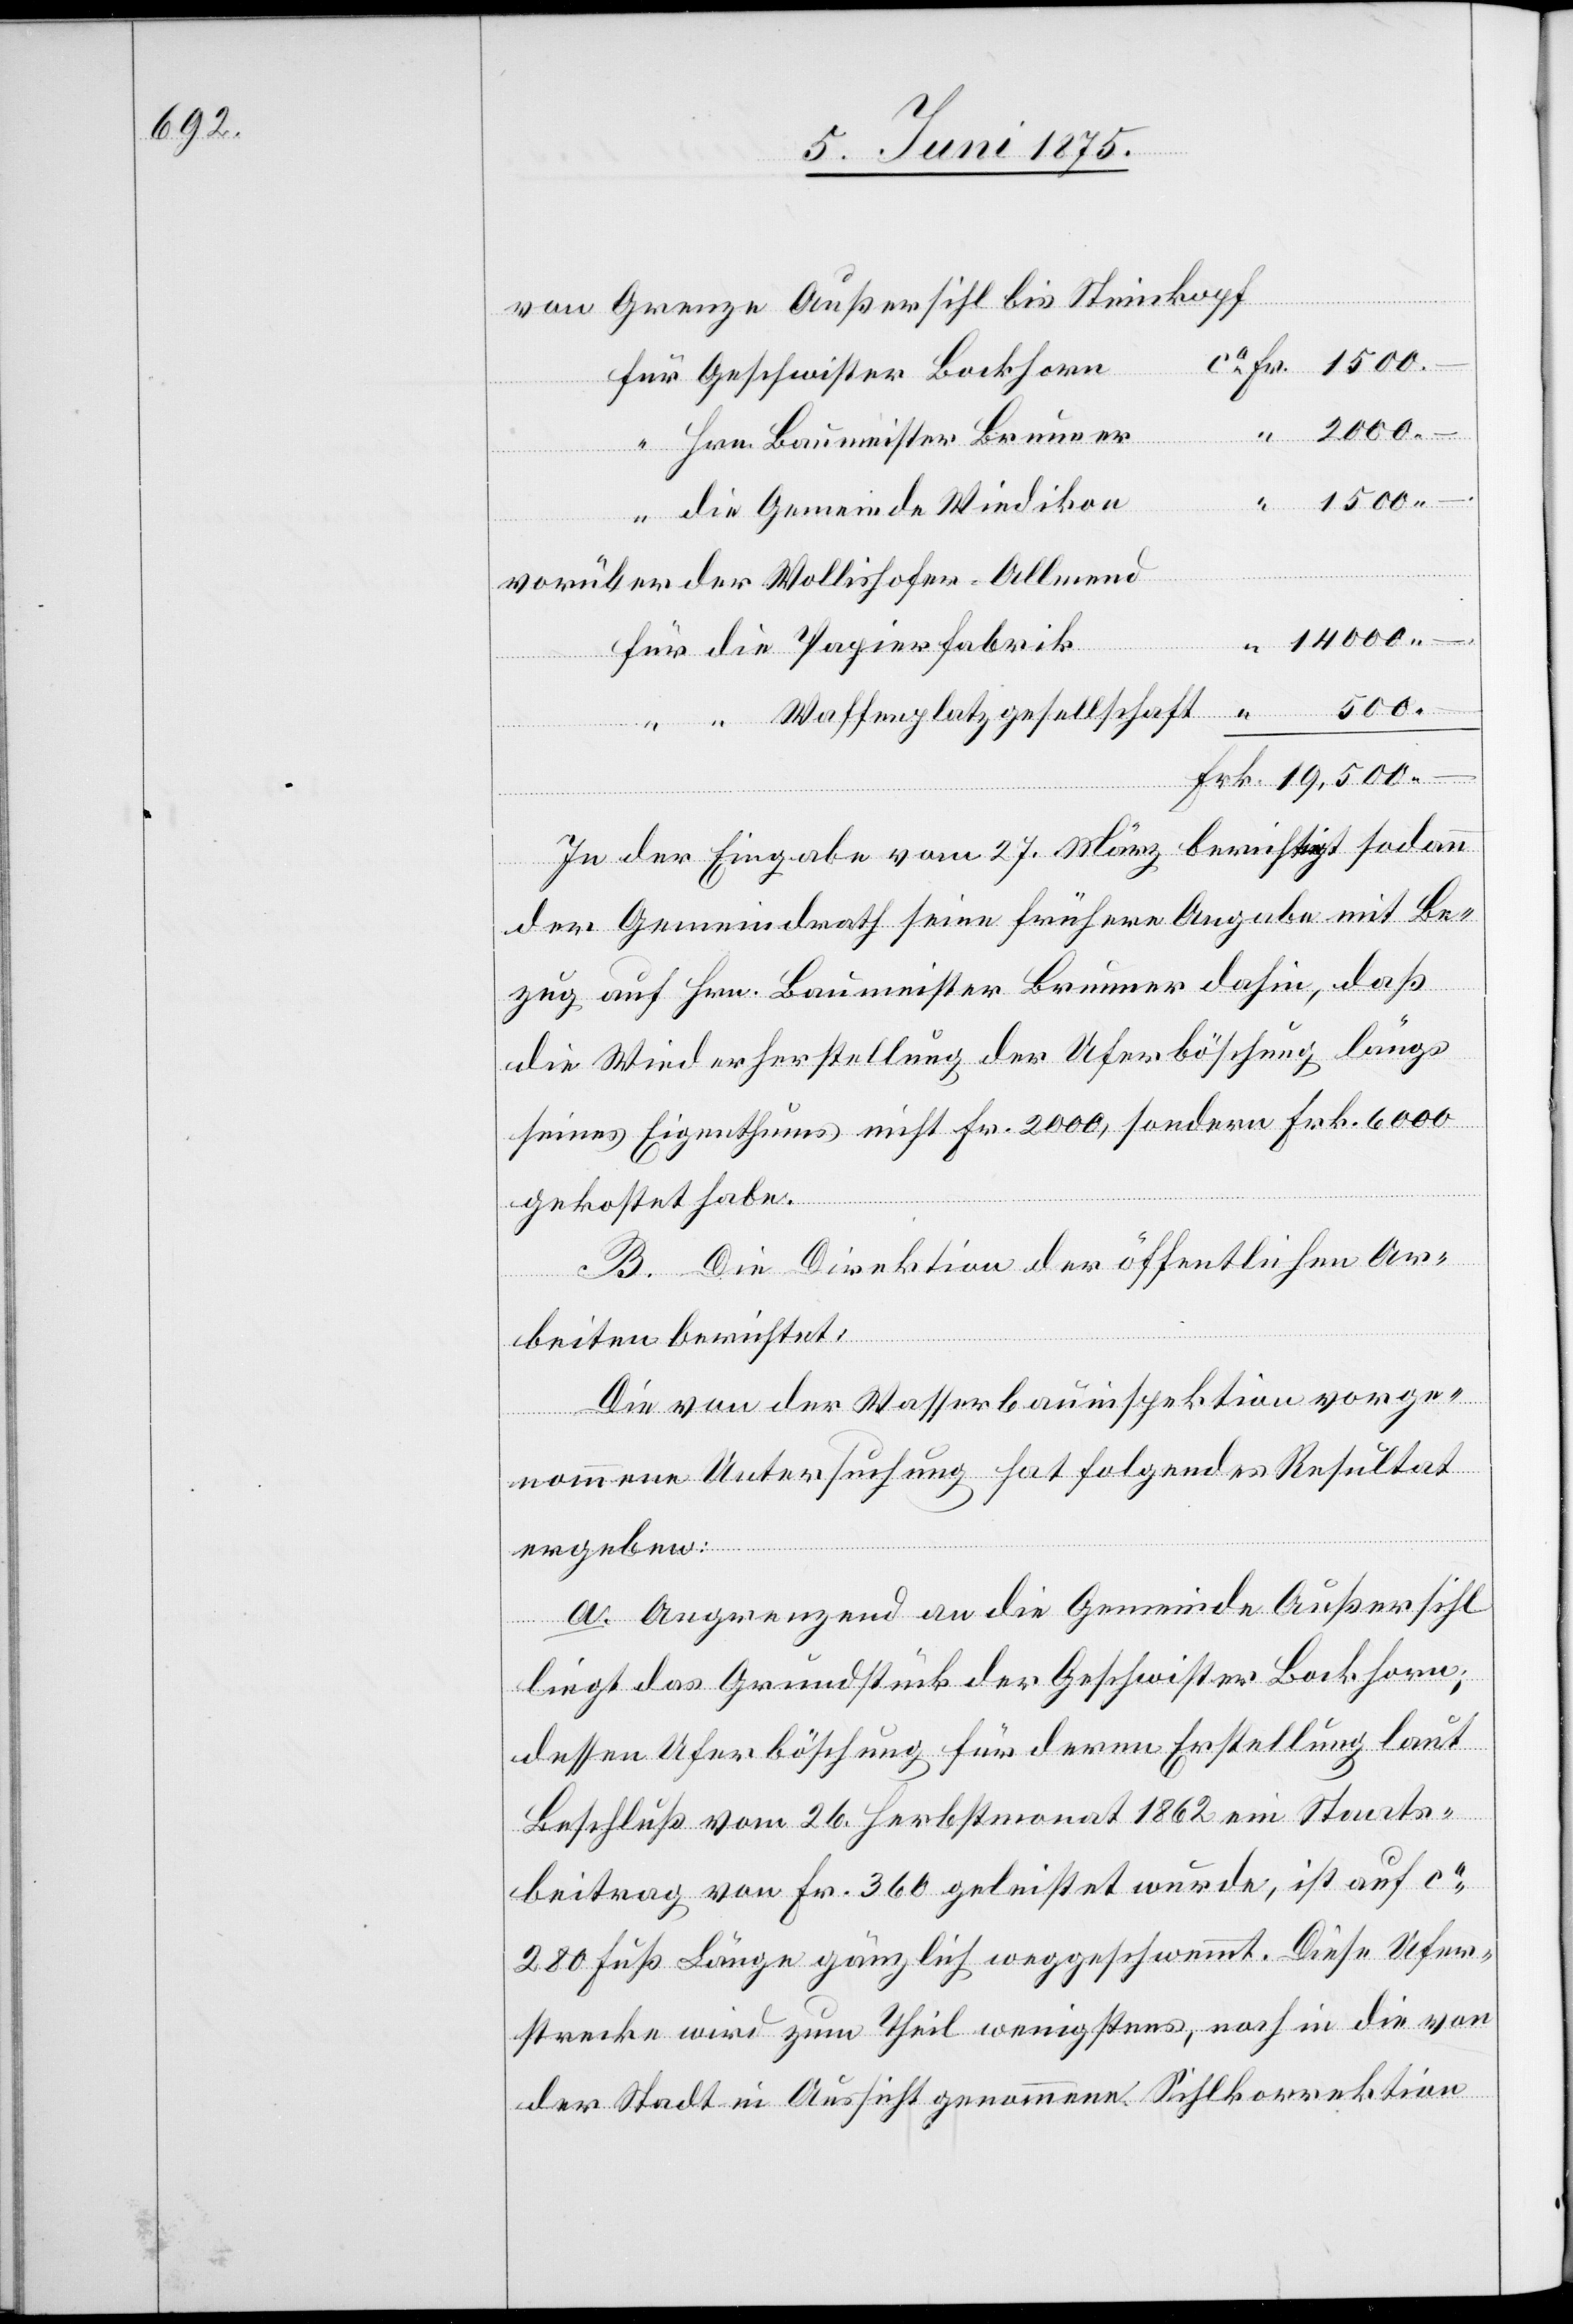
von Grenze Außersihl bis Steinkopf
Geschwister Bockhorn
Hrn. Baumeister Brunner
die Gemeinde Wiedikon
“
–.
vorüber der Wollishofer Allmend
14000
500
Waffenplatzgesellschaft
In der Eingabe vom 27. März berichtigt sodann
“
der Gemeindrath seine frühere Angabe mit Be¬
zug auf Hrn. Baumeister Brunner dahin, daß
die Wiederherstellung der Uferböschung längs
seines Eigenthums nicht Fr. 2000, sondern Frk. 6000
gekostet habe.
B. Die Direktion der öffentlichen Ar¬
beiten berichtet:
Die von der Wasserbauinspektion vorge¬
nommene Untersuchung hat folgendes Resultat
ergeben:
a. Angrenzend an die Gemeinde Außersihl
liegt das Grundstück der Geschwister Bockhorn;
dessen Uferböschung für deren Erstellung laut
Beschluß vom 26. Herbstmonat 1862 ein Staats¬
beitrag von Fr. 360 geleistet wurde. ist auf ca
280 Fuß Länge gänzlich weggeschwemmt. Diese Ufer¬
strecke wird zum Theil wenigstens, noch in die von
der Stadt in Aussicht genommene Sihlkorrektion

die